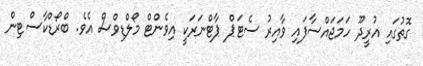
ގޮތުގައި އުރީދޫ ހަމަޖައްސާފައި ވާއިރު ސެޓަޕް ޕާޓްނަރަކީ އިވެންޓް މޯލްޑިވްސް އެވެ. ބްރޯޑްކާސްޓިން